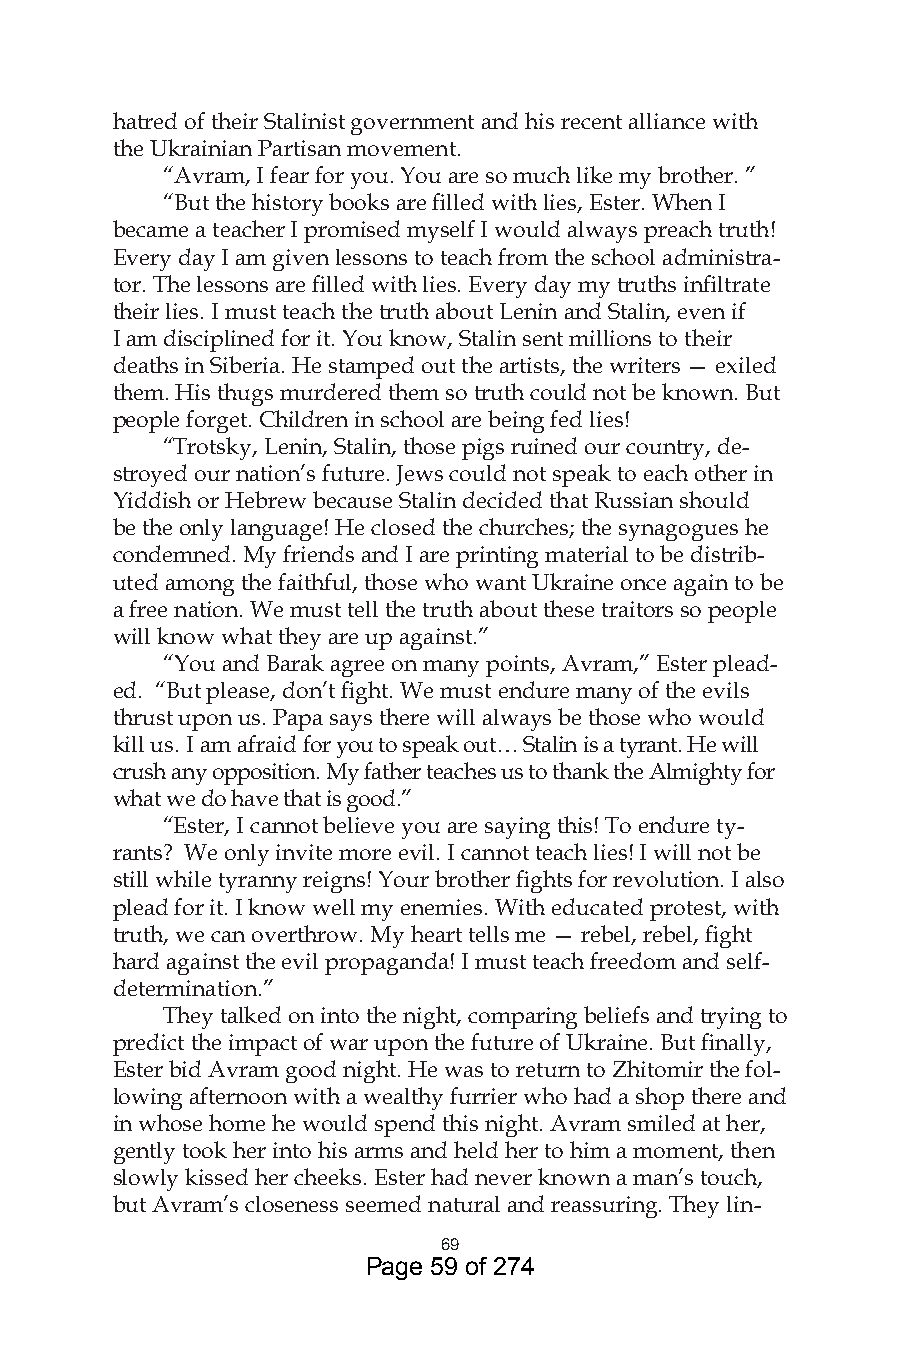
hatred of their Stalinist government and his recent alliance with
 the Ukrainian Partisan movement.
 “Avram, I fear for you. You are so much like my brother. ”
 “But the history books are filled with lies, Ester. When I
 became a teacher I promised myself I would always preach truth!
 Every day I am given lessons to teach from the school administra-
 tor. The lessons are filled with lies. Every day my truths infiltrate
 their lies. I must teach the truth about Lenin and Stalin, even if
 I am disciplined for it. You know, Stalin sent millions to their
 deaths in Siberia. He stamped out the artists, the writers — exiled
 them. His thugs murdered them so truth could not be known. But
 people forget. Children in school are being fed lies!
 “Trotsky, Lenin, Stalin, those pigs ruined our country, de-
 stroyed our nation’s future. Jews could not speak to each other in
 Yiddish or Hebrew because Stalin decided that Russian should
 be the only language! He closed the churches; the synagogues he
 condemned. My friends and I are printing material to be distrib-
 uted among the faithful, those who want Ukraine once again to be
 a free nation. We must tell the truth about these traitors so people
 will know what they are up against.”
 “You and Barak agree on many points, Avram,” Ester plead-
 ed. “But please, don’t fight. We must endure many of the evils
 thrust upon us. Papa says there will always be those who would
 kill us. I am afraid for you to speak out… Stalin is a tyrant. He will
 crush any opposition. My father teaches us to thank the Almighty for
 what we do have that is good.”
 “Ester, I cannot believe you are saying this! To endure ty-
 rants? We only invite more evil. I cannot teach lies! I will not be
 still while tyranny reigns! Your brother fights for revolution. I also
 plead for it. I know well my enemies. With educated protest, with
 truth, we can overthrow. My heart tells me — rebel, rebel, fight
 hard against the evil propaganda! I must teach freedom and self-
 determination.”
 They talked on into the night, comparing beliefs and trying to
 predict the impact of war upon the future of Ukraine. But finally,
 Ester bid Avram good night. He was to return to Zhitomir the fol-
 lowing afternoon with a wealthy furrier who had a shop there and
 in whose home he would spend this night. Avram smiled at her,
 gently took her into his arms and held her to him a moment, then
 slowly kissed her cheeks. Ester had never known a man’s touch,
 but Avram’s closeness seemed natural and reassuring. They lin-
 69
 Page 59 of 274